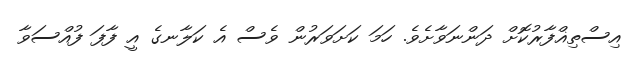
އިސްތިޣްފާރުކޮށް ދަންނަވާށެވެ. ހަމަ ކަށަވަރުން ވެސް އެ ކަލާނގެ އީ ފާފަ ފުއްސަވާ